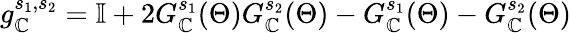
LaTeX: g_{\mathbb{C}}^{s_{1},s_{2}}=\mathbb{{I}}+2G_{\mathbb{C}}^{s_{1}}(\Theta)G_{\mathbb{C}}^{s_{2}}(\Theta)-G_{\mathbb{C}}^{s_{1}}(\Theta)-G_{\mathbb{C}}^{s_{2}}(\Theta)